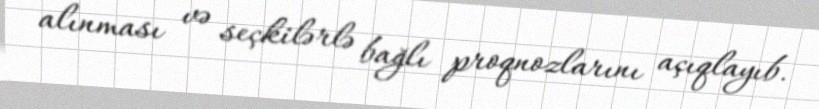
alınması və seçkilərlə bağlı proqnozlarını açıqlayıb.